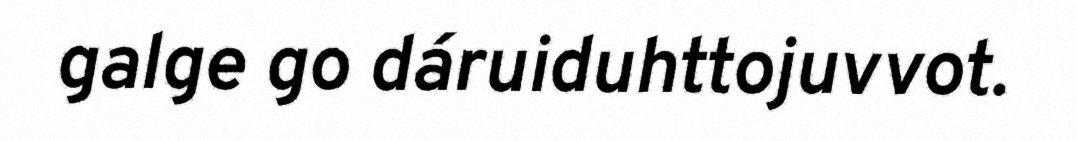
galge go dáruiduhttojuvvot.